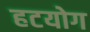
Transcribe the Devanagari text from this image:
हटयोग